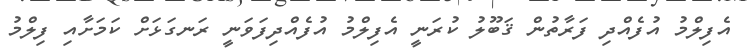
އެފިލްމު އުފެއްދި ފަރާތުން ޤަބޫލު ކުރަނީ އެފިލްމު އުފެއްދިފަވަނީ ރަނގަޅަށް ކަމަށާއި ފިލްމު